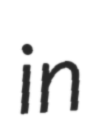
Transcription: in